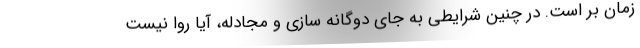
زمان بر است. در چنین شرایطی به جای دوگانه سازی و مجادله، آیا روا نیست